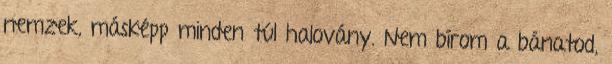
nemzek, másképp minden túl halovány. Nem bírom a bánatod,